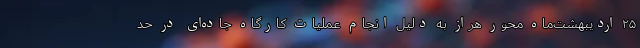
۲۵ اردیبهشت‌ماه محور هراز به دلیل انجام عملیات کارگاه جاده‌ای در حد